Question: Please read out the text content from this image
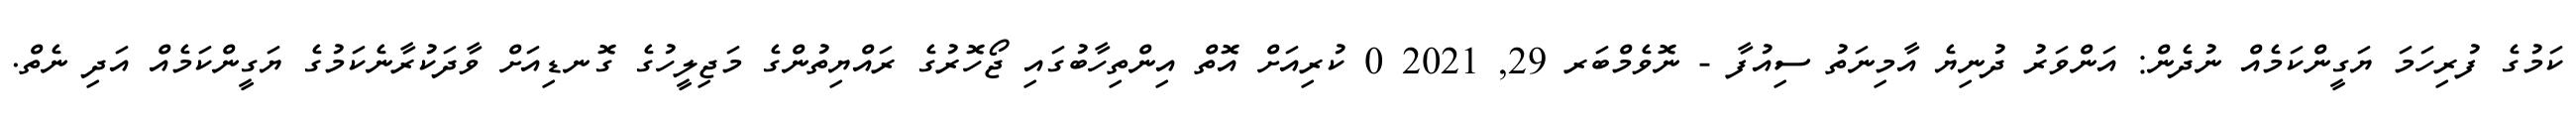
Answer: ކަމުގެ ފުރިހަމަ ޔަގީންކަމެއް ނުދެން: އަންވަރު ދުނިޔެ އާމިނަތު ސިއުފާ - ނޮވެމްބަރ 29, 2021 0 ކުރިއަށް އޮތް އިންތިހާބުގައި ޖޯހޮރުގެ ރައްޔިތުންގެ މަޖިލީހުގެ ގޮނޑިއަށް ވާދަކުރާނެކަމުގެ ޔަގީންކަމެއް އަދި ނެތް.